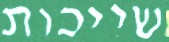
שייכות